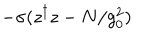
- \sigma ( z ^ { \dagger } z - N / g _ { 0 } ^ { 2 } )